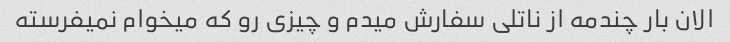
الان بار چندمه از ناتلی سفارش میدم و چیزی رو که میخوام نمیفرسته